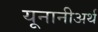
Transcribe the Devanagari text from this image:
यूनानीअर्थ